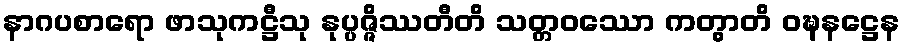
နာဂပစာရော ဖာသုကဋ္ဌီသု နုပ္ပဇ္ဇိဿတီတိ သတ္တဝဿော ကတွာတိ ဝဍ္ဎနဋ္ဌေန